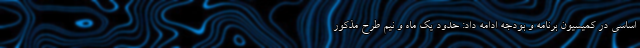
اساسی در کمیسیون برنامه و بودجه ادامه داد: حدود یک ماه و نیم طرح مذکور